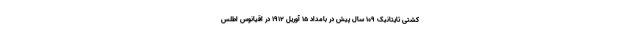
کشتی تایتانیک ۱۰۹ سال پیش در بامداد ۱۵ آوریل ۱۹۱۲ در اقیانوس اطلس